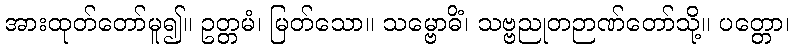
အားထုတ်တော်မူ၍။ ဥတ္တမံ၊ မြတ်သော။ သမ္ဗောဓိံ၊ သဗ္ဗညုတဉာဏ်တော်သို့။ ပတ္တော၊